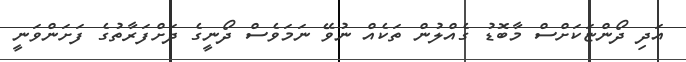
އަދި ދޯންޏަކަށްސް މާބޮޑު ގެއްލުން ތަކެއް ނުވޭ ނަމަވެސް ދޯނީގެ ދަށްފަރާތުގެ ފަށަންވަނީ